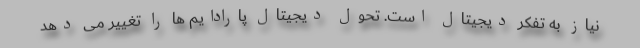
نیاز به تفکر دیجیتال است. تحول دیجیتال پارادایم ها را تغییر می دهد